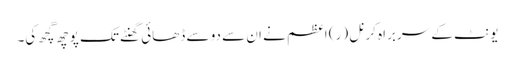
یونٹ کے سربراہ کرنل (ر) اعظم نے ان سے دو سے ڈھائی گھنٹے تک پوچھ گچھ کی۔